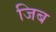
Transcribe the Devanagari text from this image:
जिब